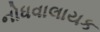
નોધવાલાયક